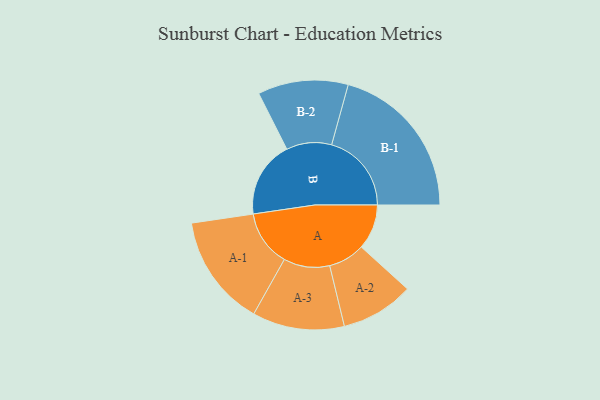
{"axis": {"x": "Segment", "y": "Value"}, "legend": ["", "A", "B"], "data": [{"x": "A", "y": 167, "type": ""}, {"x": "B", "y": 283, "type": ""}, {"x": "A-1", "y": 207, "type": "A"}, {"x": "A-2", "y": 135, "type": "A"}, {"x": "A-3", "y": 170, "type": "A"}, {"x": "B-1", "y": 295, "type": "B"}, {"x": "B-2", "y": 167, "type": "B"}]}